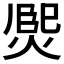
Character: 𤋅